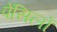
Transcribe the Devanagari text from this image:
पेंसिलों